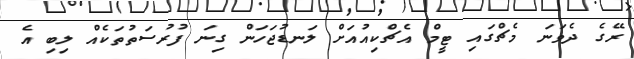
ރޭގެ ދެވަނަ މެޗްގައި ޓީމް އެޗްކިއުއަށް ލަނޑުޖަހަން ގިނަ ފުރުސަތުތަކެއް ލިބި އެ